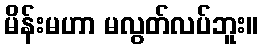
မိန်းမဟာ မလွတ်လပ်ဘူး။